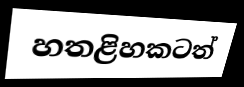
හතළිහකටත්